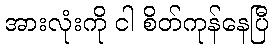
အားလုံးကို ငါ စိတ်ကုန်နေပြီ